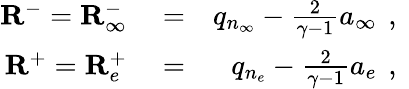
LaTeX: \begin{array}{rlr}{\mathbf{R}^{-}={\mathbf{R}}_{\infty}^{-}}&{{}=}&{q_{n_{\infty}}-\frac{2}{\gamma-1}a_{\infty}\, \mathrm{~,~}}\\ {\mathbf{R}^{+}={\mathbf{R}}_{e}^{+}}&{{}=}&{q_{n_{e}}-\frac{2}{\gamma-1}a_{e}\, \mathrm{~,~}}\end{array}